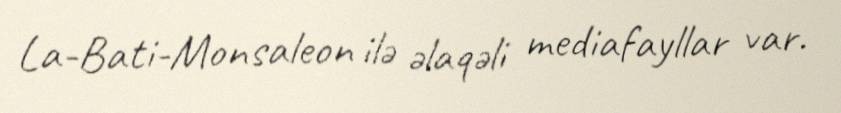
La-Bati-Monsaleon ilə əlaqəli mediafayllar var.